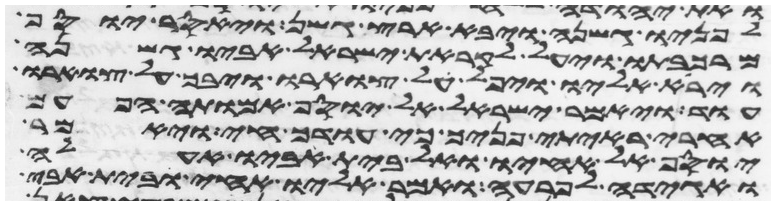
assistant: לפניו גשנה ויבא ארץ גשן ויאסר יוסף
מרכבתו ויעל לקראת ישראל אביו גשנה
וירא אליו ויפל על צוארו ויבך על צוארו
עוד ויאמר ישראל אל יוסף אמותה הפעם
אחרי ראיתי פניך כי עודך חי ויאמר
יוסף אל אחיו ואל בית אביו אעלה
ואגידה לפרעה ואמר אליו אחי ובית אבי